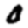
Digit: 0